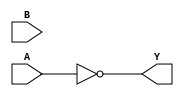
module alu_NOT(A,B,Y);

input [31:0] A,B;
output wire [31:0] Y;

assign Y = ~A;


endmodule